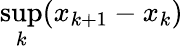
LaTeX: \operatorname*{sup}_{k}(x_{k+1}-x_{k})